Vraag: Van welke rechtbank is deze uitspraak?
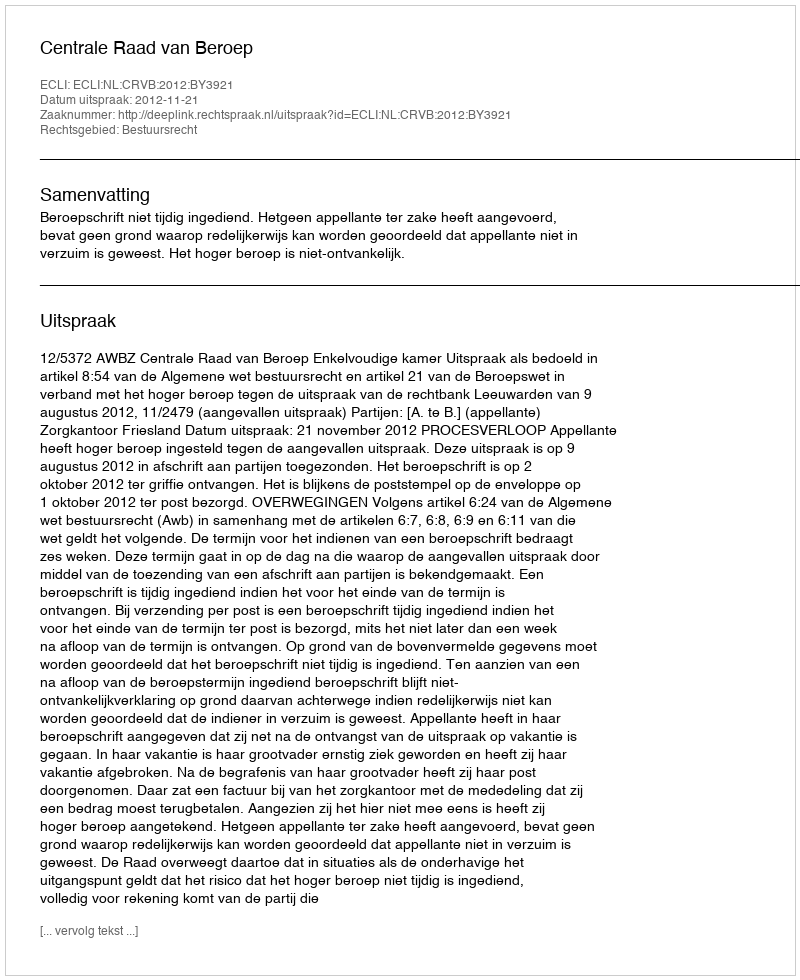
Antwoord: Centrale Raad van Beroep